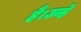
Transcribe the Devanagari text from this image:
हैं।उन्हें